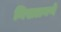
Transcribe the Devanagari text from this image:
निखळवणे